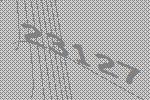
23127